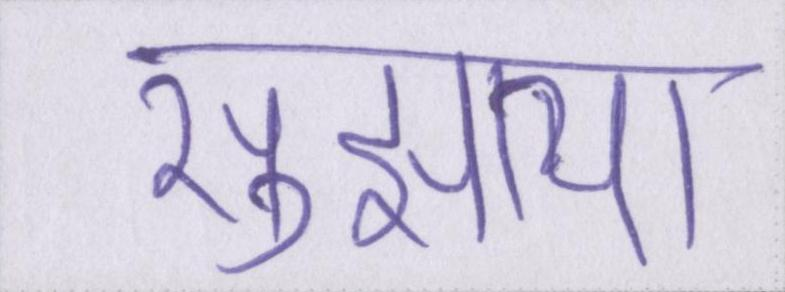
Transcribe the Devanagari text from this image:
सुझाया